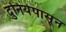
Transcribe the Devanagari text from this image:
दुनियेपासून